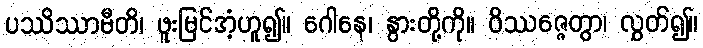
ပဿိဿာမီတိ၊ ဖူးမြင်အံ့ဟူ၍။ ဂေါနေ၊ နွားတို့ကို။ ဝိဿဇ္ဇေတွာ၊ လွှတ်၍။